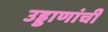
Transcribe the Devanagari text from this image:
उड्डाणांची